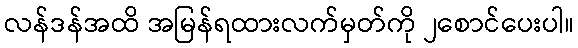
လန်ဒန်အထိ အမြန်ရထားလက်မှတ်ကို ၂စောင်ပေးပါ။